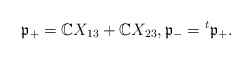
\begin{align*}\frak{p}_+=\mathbb{C}X_{13}+\mathbb{C}X_{23},\frak{p}_-={}^t\frak{p}_+.\end{align*}